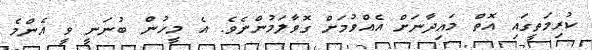
ކުރިމަތީގައި އޮތް މައިދާނަށް އެއްވުމަށް ގޮވާލަމުންނެވެ. އެ މީހުން ބުނަނީ ވީ އެންމެ